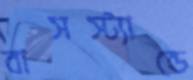
বাসস্ট্যান্ডে